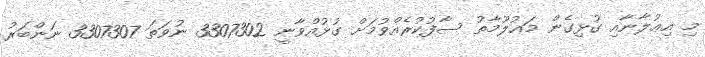
މި އިޢުލާނާއި ގުޅިގެން މަޢުލޫމާތު ސާފުކުރެއްވުމަށް ގުޅުއްވާނީ 3307302 ނުވަތަ 3307307 ނަންބަރު